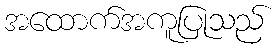
အထောက်အကူပြုသည်